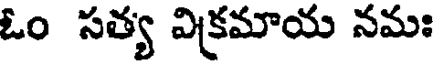
ఓం సత్య విక్రమాయ నమః